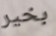
بخير